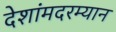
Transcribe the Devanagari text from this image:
देशांमदरम्यान